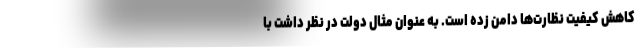
کاهش کیفیت نظارت‌ها دامن زده است. به عنوان مثال دولت در نظر داشت با